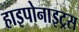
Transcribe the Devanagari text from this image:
हाइपोनाइट्रस